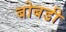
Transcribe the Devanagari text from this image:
बोबडी